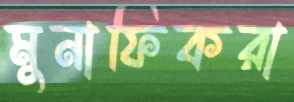
মুনাফিকরা